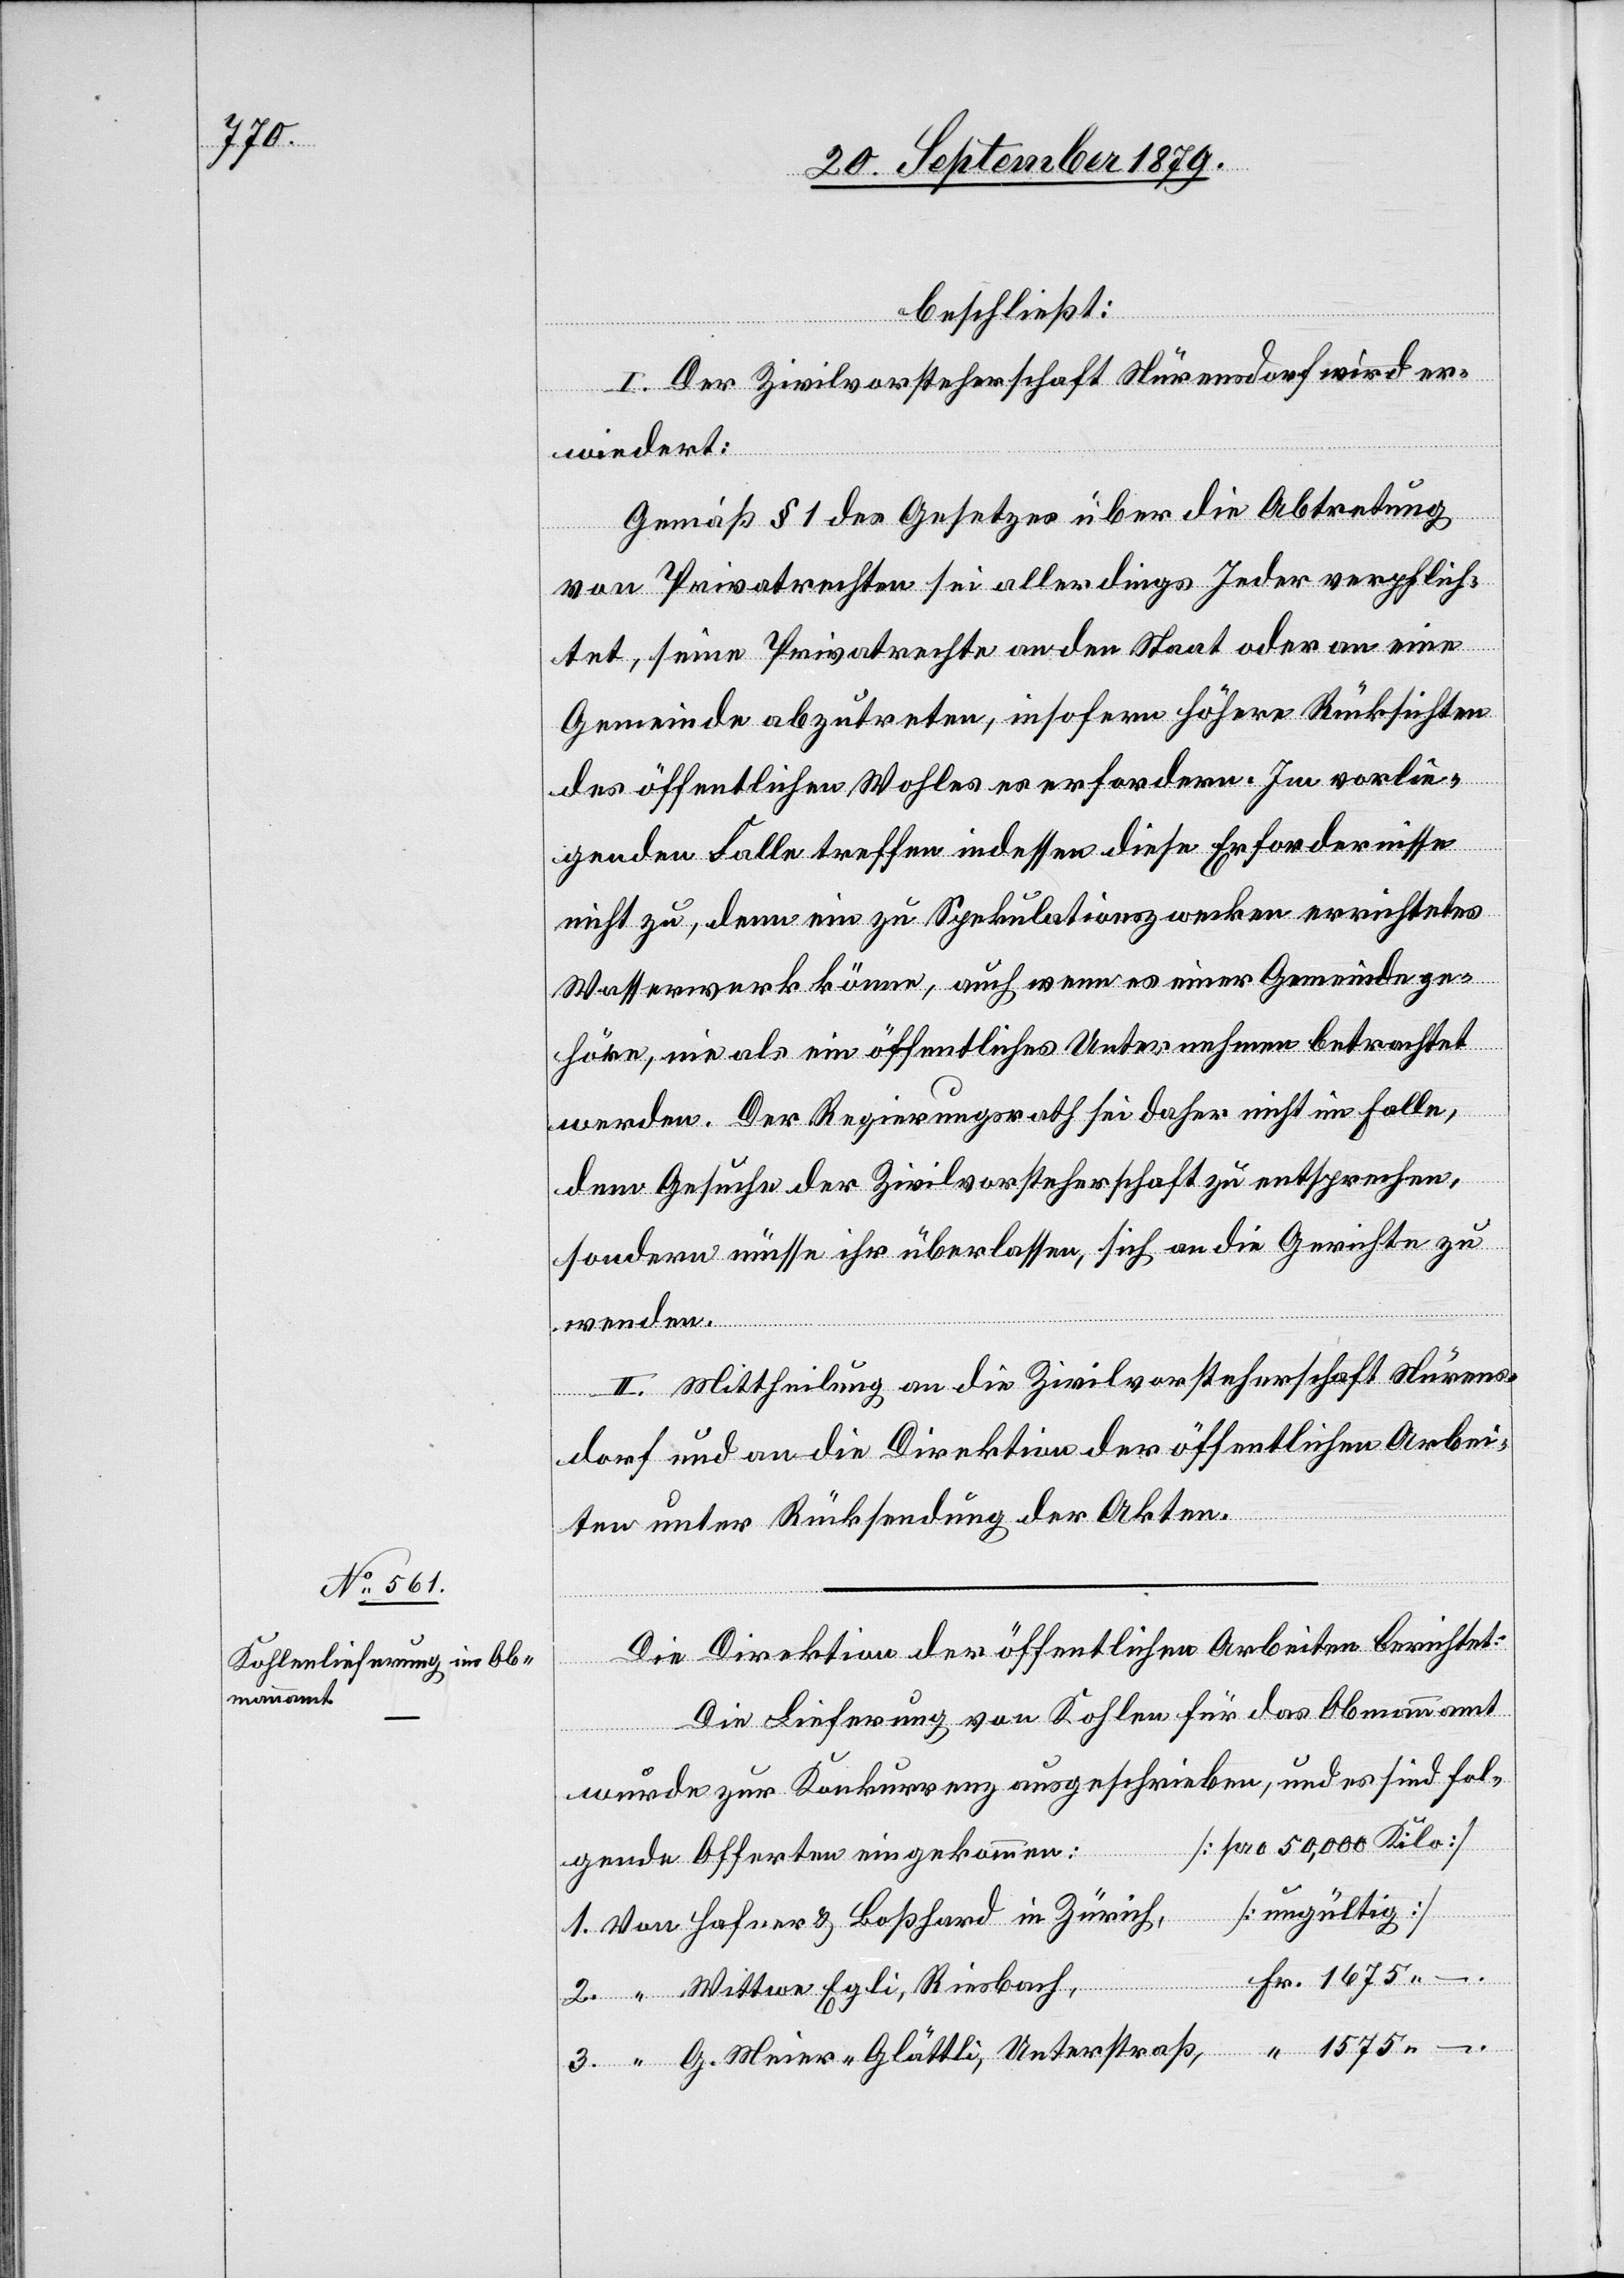
beschließt:
I. Der Zivilvorsteherschaft Nürensdorf wird er¬
wiedert:
Gemäß § 1 des Gesetzes über die Abtretung
von Privatrechten sei allerdings jeder verpflich¬
tet, seine Privatrechte an den Staat oder an eine
Gemeinde abzutreten, insofern höhere Rücksichten
des öffentlichen Wohles es erfordern. Im vorlie¬
“
genden Falle treffen indessen diese Erfordernisse
nicht zu, denn ein zu Spekulationszwecken errichtetes
Wasserwerk könne, auch wenn es einer Gemeinde ge¬
höre, nie als ein öffentliches Unternehmen betrachtet
werden. Der Regierungsrath sei daher nicht im Falle,
dem Gesuche der Zivilvorsteherschaft zu entsprechen,
sondern müsse ihr überlassen, sich an die Gerichte zu
wenden.
II. Mittheilung an die Zivilvorsteherschaft Nürens¬
dorf und an die Direktion der öffentlichen Arbei¬
1.
ten unter Rücksendung der Akten.
Die Direktion der öffentlichen Arbeiten berichtet:
Fr.
Die Lieferung von Kohlen für das Obmannamt
wurde zur Konkurrenz ausgeschrieben, und es sind fol¬
[pro 50,000 Kilo]
gende Offerten eingekommen
1575.–
[ungültig]
Von Hafner & Boßhard in Zürich,
“ Wittwe Egli, Riesbach,
“ G. Meier-Glättli, Unterstraß,